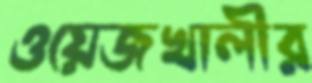
ওয়েজখালীর